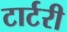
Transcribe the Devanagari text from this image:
टार्टरी